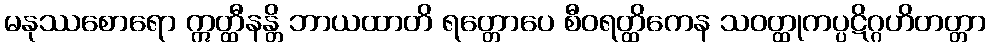
မနုဿစောရော ဣတ္ထီနန္တိ ဘာယထာတိ ရတ္တောပေ စီဝရတ္ထိကေန သဝတ္ထုကပ္ပဋိဂ္ဂဟိတတ္တာ